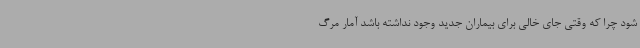
شود چرا که وقتی جای خالی برای بیماران جدید وجود نداشته باشد آمار مرگ